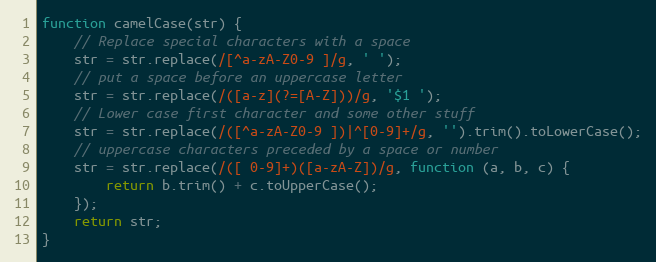
Language: JavaScript
function camelCase(str) {
    // Replace special characters with a space
    str = str.replace(/[^a-zA-Z0-9 ]/g, ' ');
    // put a space before an uppercase letter
    str = str.replace(/([a-z](?=[A-Z]))/g, '$1 ');
    // Lower case first character and some other stuff
    str = str.replace(/([^a-zA-Z0-9 ])|^[0-9]+/g, '').trim().toLowerCase();
    // uppercase characters preceded by a space or number
    str = str.replace(/([ 0-9]+)([a-zA-Z])/g, function (a, b, c) {
        return b.trim() + c.toUpperCase();
    });
    return str;
}